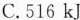
C.516KJ